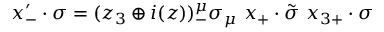
x _ { - } ^ { \prime } \cdot \sigma = ( z _ { 3 } \oplus i ( z ) ) _ { - } ^ { \mu } \sigma _ { \mu } \ x _ { + } \cdot \tilde { \sigma } \ x _ { 3 + } \cdot \sigma